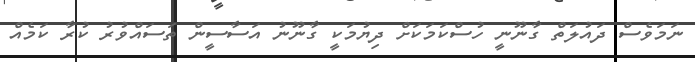
ނަމަވެސް ދައުލަތް ގާނޫނީ ހުސްކަމަކަށް ދިޔުމަކީ ގާނޫނު އަސާސީން ތަސައްވުރު ކުރާ ކަމެއް